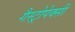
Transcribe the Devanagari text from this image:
गैस्ट्रोपेक्सी